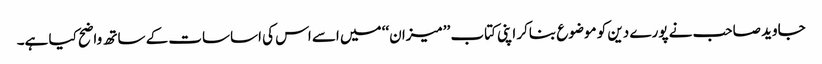
جاوید صاحب نے پورے دین کو موضوع بناکر اپنی کتاب ’’میزان‘‘ میں اسے اس کی اساسات کے ساتھ واضح کیا ہے۔